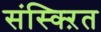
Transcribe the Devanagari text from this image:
संस्क्ऱित